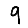
Digit: 9